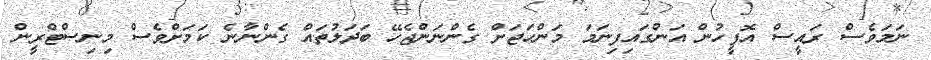
ނަމަވެސް ރައީސް އޮފީހުން އަންގައިފިނަމަ މަންހަޖަށް ގެންނަންޖެހޭ ބަދަލުތައްް ގެންނާނެ ކަމަށްވެސް މިނިސްޓްރީން